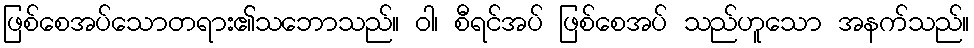
ဖြစ်စေအပ်သောတရား၏သဘောသည်။ ဝါ၊ စီရင်အပ် ဖြစ်စေအပ် သည်ဟူသော အနက်သည်။